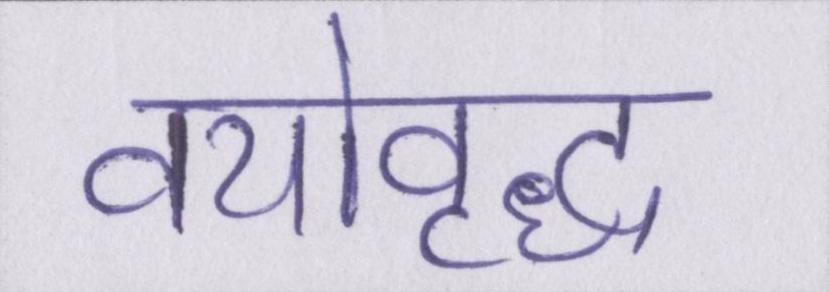
वयोवृद्ध